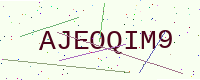
Text: AJEOQIM9